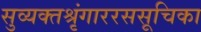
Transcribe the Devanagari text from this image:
सुव्यक्तश्रृंगाररससूचिका